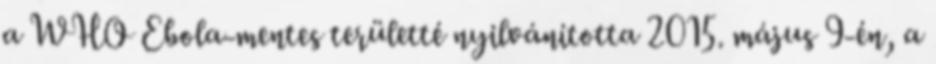
a WHO Ebola-mentes területté nyilvánította 2015. május 9-én, a